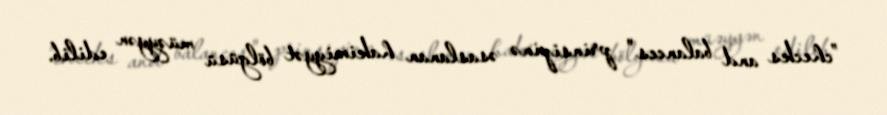
”checks and balances" prinsipinə əsaslanan hakimiyyət bölgüsü müəyyən edilib.